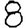
Digit: 8